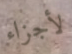
لأجزاء